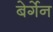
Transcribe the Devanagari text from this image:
बेर्गेन